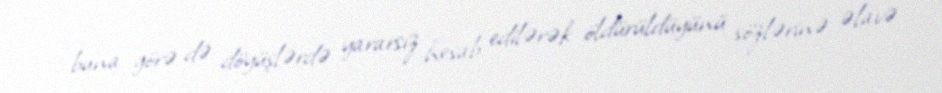
buna görə də döyüşlərdə yararsız hesab edilərək öldürüldüyünü sözlərinə əlavə